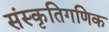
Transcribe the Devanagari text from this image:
संस्कृतिगणिक